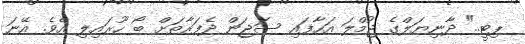
ޕިޓީ.." ދާނިޔަލްގެ ޖުމްލަ އަހާފައި ސަޖަން ދެފަރާތަށް ބޯ ހޫރައިލި އެވެ. އޭނަ